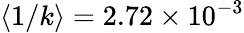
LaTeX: \langle 1/k\rangle=2.72\times 10^{-3}